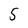
Character: 5